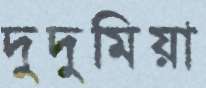
দুদুমিয়া